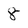
Character: 8